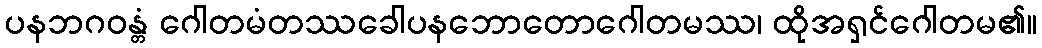
ပနဘဂဝန္တံ ဂေါတမံတဿခေါပနဘောတောဂေါတမဿ၊ ထိုအရှင်ဂေါတမ၏။